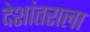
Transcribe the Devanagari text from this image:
देशांतराला